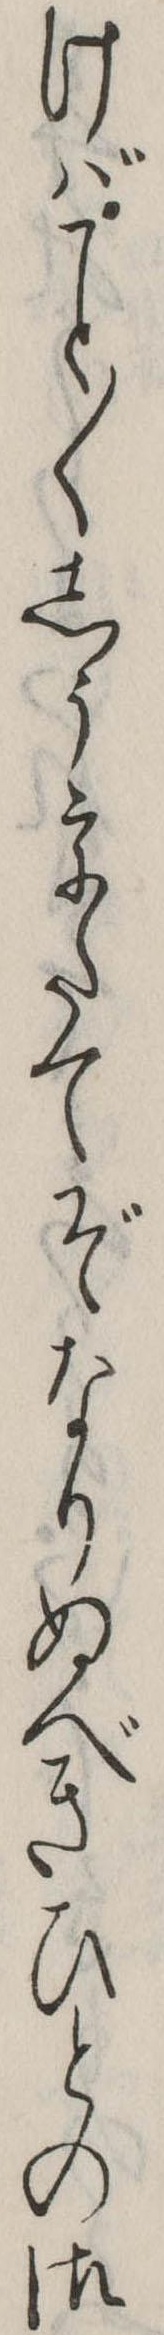
けば〱しううたてぞなりぬべきひとの御